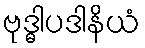
ဗုဒ္ဓါပဒါနိယံ